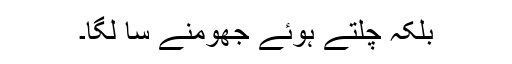
بلکہ چلتے ہوئے جھومنے سا لگا۔